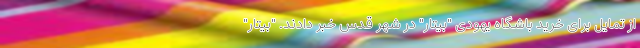
از تمایل برای خرید باشگاه یهودی "بیتار" در شهر قدس خبر دادند. "بیتار"